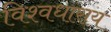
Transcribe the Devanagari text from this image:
विश्वधाराय